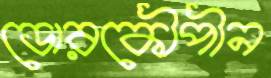
ডোরকৌপীন